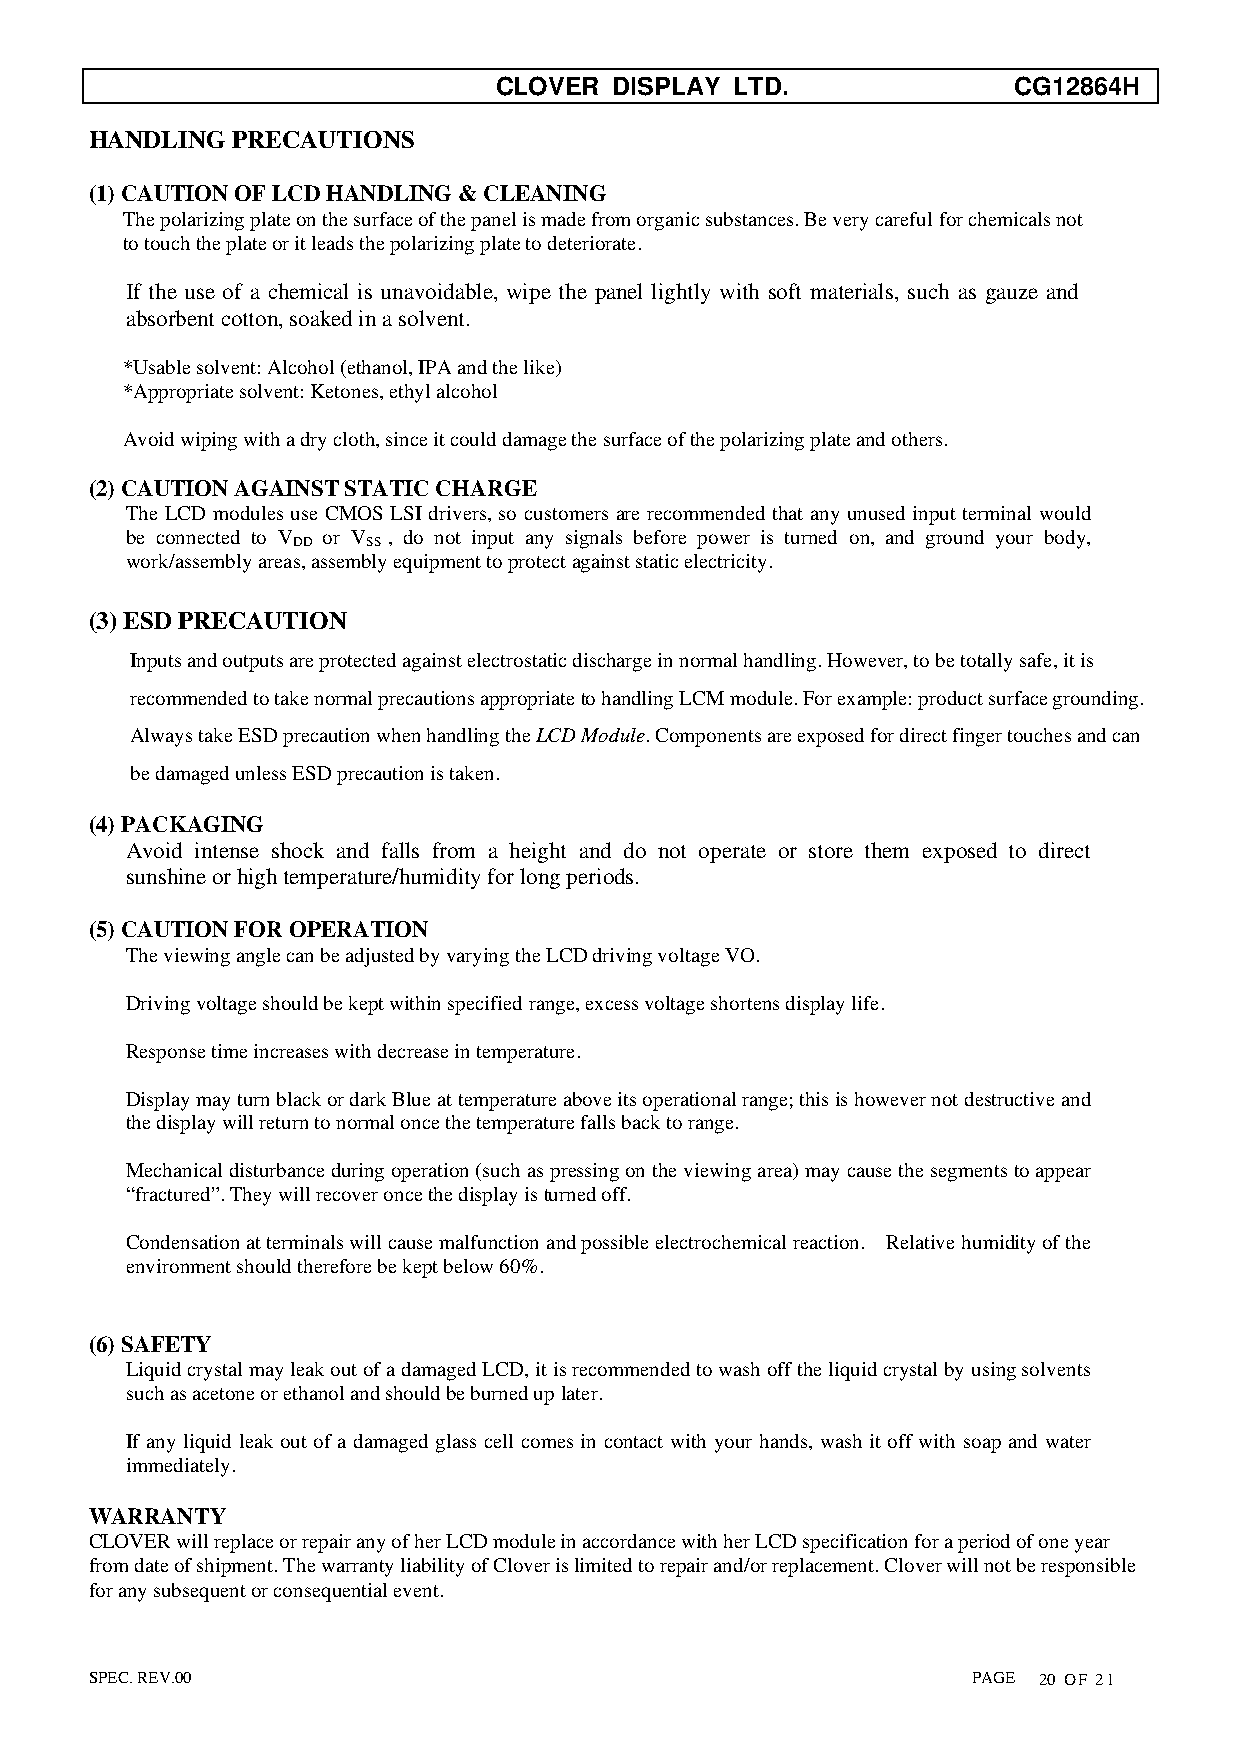
CLOVER  DISPLAY LTD.              CG12864H
 HANDLING PRECAUTIONS
 (1) CAUTION OF LCD HANDLING & CLEANING
 The polarizing plate on the surface of the panel is made from organic substances. Be very careful for chemicals not
 to touch the plate or it leads the polarizing plate to deteriorate.
 If the use of a chemical is unavoidable, wipe the panel lightly with soft materials, such as gauze and
 absorbent cotton, soaked in a solvent.
 *Usable solvent: Alcohol (ethanol, IPA and the like)
 *Appropriate solvent: Ketones, ethyl alcohol
 Avoid wiping with a dry cloth, since it could damage the surface of the polarizing plate and others.
 (2) CAUTION AGAINST STATIC CHARGE
 The LCD modules use CMOS LSI drivers, so customers are recommended that any unused input terminal would
 be connected to V or V , do not input any signals before power is turned on, and ground your body,
 DD   SS
 work/assembly areas, assembly equipment to protect against static electricity.
 (3) ESD PRECAUTION
 Inputs and outputs are protected against electrostatic discharge in normal handling. However, to be totally safe, it is
 recommended to take normal precautions appropriate to handling LCM module. For example: product surface grounding.
 Always take ESD precaution when handling the LCD Module. Components are exposed for direct finger touches and can
 be damaged unless ESD precaution is taken.
 (4) PACKAGING
 Avoid intense shock and falls from a height and do not operate or store them exposed to direct
 sunshine or high temperature/humidity for long periods.
 (5) CAUTION FOR OPERATION
 The viewing angle can be adjusted by varying the LCD driving voltage VO.
 Driving voltage should be kept within specified range, excess voltage shortens display life.
 Response time increases with decrease in temperature.
 Display may turn black or dark Blue at temperature above its operational range; this is however not destructive and
 the display will return to normal once the temperature falls back to range.
 Mechanical disturbance during operation (such as pressing on the viewing area) may cause the segments to appear
 “fractured”. They will recover once the display is turned off.
 Condensation at terminals will cause malfunction and possible electrochemical reaction. Relative humidity of the
 environment should therefore be kept below 60%.
 (6) SAFETY
 Liquid crystal may leak out of a damaged LCD, it is recommended to wash off the liquid crystal by using solvents
 such as acetone or ethanol and should be burned up later.
 If any liquid leak out of a damaged glass cell comes in contact with your hands, wash it off with soap and water
 immediately.
 WARRANTY
 CLOVER will replace or repair any of her LCD module in accordance with her LCD specification for a period of one year
 from date of shipment. The warranty liability of Clover is limited to repair and/or replacement. Clover will not be responsible
 for any subsequent or consequential event.
 SPEC. REV.00                                              PAGE 20 OF 21